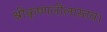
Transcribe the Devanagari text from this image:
श्रीकृष्णलीलास्तव।